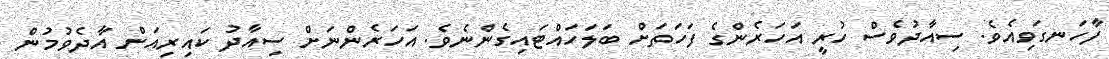
ފާހަނގަވިއެވެ. ސިއާދުވެސް ހުރީ އަހަރެންގެ ފަހަތަށް ބަލަހައްޓައިގެންނެވެ. އަހަރެންނަށް ސިއާދު ކައިރިއަށް އާދެވުމުން